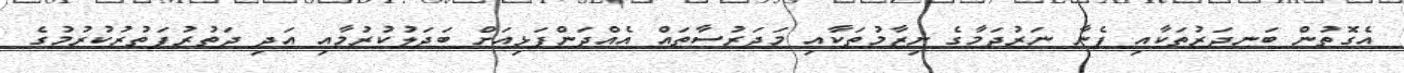
އެގޮތުން ބަނދަރުތަކާއި ފެނާ ނަރުދަމާގެ ނިޒާމުތަކާއި މަދަރުސާތައް އެއްދަންފަޅިއަށް ބަދަލުކުރުމާއި އަދި ދަތުރުފަތުރުކުރުމުގެ